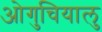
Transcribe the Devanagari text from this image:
ओगुचियालु